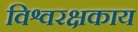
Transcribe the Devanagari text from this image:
विश्वरक्षकाय